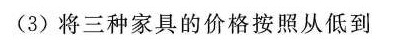
(3)将三种家具的价格按照从低到